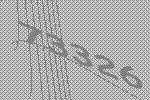
73326